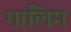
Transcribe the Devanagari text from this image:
गालिम